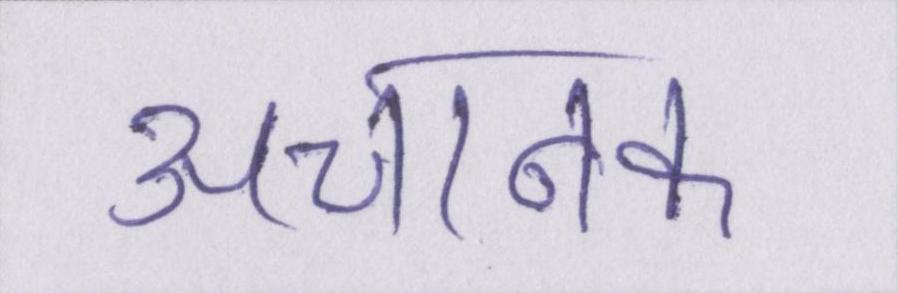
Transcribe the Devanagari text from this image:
अचानक